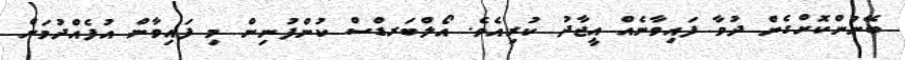
ބޭނުންކޮށްގެން ދުވާ ފައިވާނެއް އީޖާދު ކުރިއެވެ. އޯލްބަރޑްސް ކުންފުނިން މި ފައިވާން އުފެއްދުމަށް